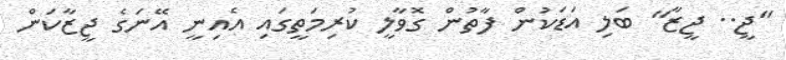
"ޖީ.. ޖީޒާ" ބަލި އަޑަކުން ފާތުން ގޮވާލީ ކުރިމަތީގައި އެއިނީ އޭނަގެ ޖީޒާކަން